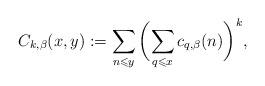
LaTeX: \begin{align*} C_{k,\beta}(x,y):= \sum\limits_{n \leqslant y} {{{\bigg( {\sum\limits_{q \leqslant x} {{c_{q,\beta}}(n)} } \bigg)}^k}},\end{align*}